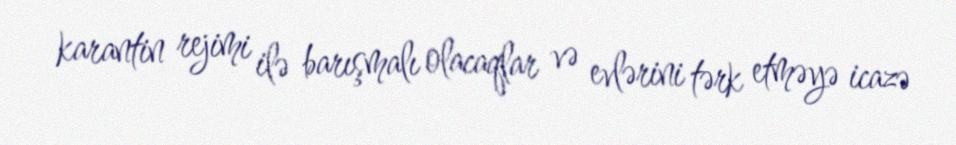
karantin rejimi ilə barışmalı olacaqlar və evlərini tərk etməyə icazə